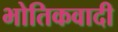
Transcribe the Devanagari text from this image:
भोतिकवादी